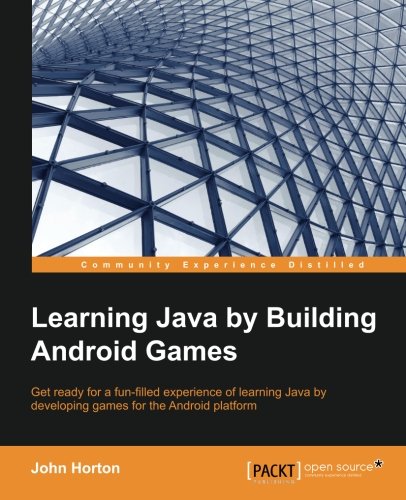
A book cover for Learning Java by Building Android Games - Explore Java Through Mobile Game Development; John Horton; Computers & Technology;